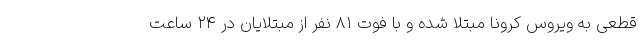
قطعی به ویروس کرونا مبتلا شده و با فوت ۸۱ نفر از مبتلایان در ۲۴ ساعت